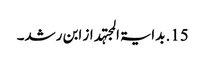
15. بدایۃ المجتہد از ابن رشد۔